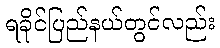
ရခိုင်ပြည်နယ်တွင်လည်း